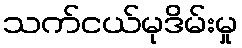
သက်ငယ်မုဒိမ်းမှု